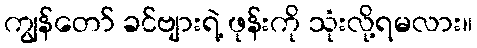
ကျွန်တော် ခင်ဗျားရဲ့ ဖုန်းကို သုံးလို့ရမလား။